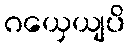
ဂယှေယျပိ